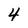
Character: 4